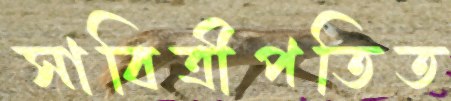
সাবিত্রীপতিত